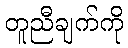
တူညီချက်ကို